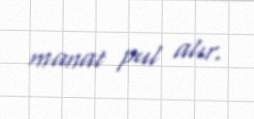
manat pul alır.